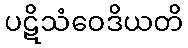
ပဋိသံဝေဒိယတိ